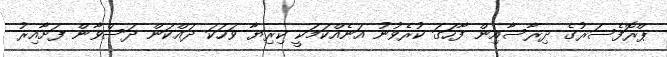
ޕްރޮފެސަރުގެ ދިރާސާއިން ފާހަގަ ކުރެވުނު އަނެއްކަމަކީ ކިރިޔާ ވަހަކަ ދައްކަން ދަސްވާން ފަށާއިރު